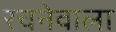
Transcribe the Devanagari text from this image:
रचनेवाला